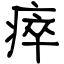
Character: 瘁